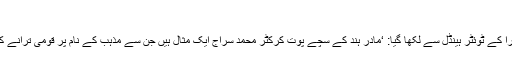
’
گجرات کے سابق آئی پی ایس ڈی جی ونزارا کے ٹوئٹر ہینڈل سے لکھا گیا: ‘مادر ہند کے سچے پوت کرکٹر محمد سراج ایک مثال ہیں جن سے مذہب کے نام پر قومی ترانے کی مخالفت کرنے والوں کو سبق لینا چاہیے۔